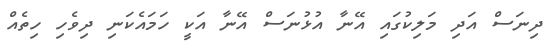
ދިނަސް އަދި މަލިކުގައި އޭނާ އުޅުނަސް އޭނާ އަކީ ހަމައެކަނި ދިވެހި ހިތެއް